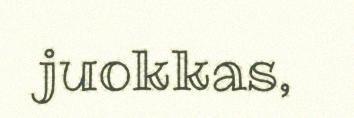
juokkas,